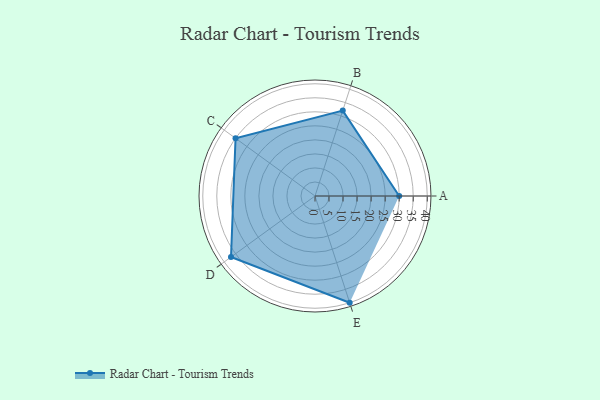
{"axis": {"x": "Skill", "y": "Score"}, "legend": ["Profile"], "data": [{"x": "A", "y": 30.0, "type": "Profile"}, {"x": "B", "y": 32.0, "type": "Profile"}, {"x": "C", "y": 35.0, "type": "Profile"}, {"x": "D", "y": 37.0, "type": "Profile"}, {"x": "E", "y": 40.0, "type": "Profile"}]}